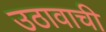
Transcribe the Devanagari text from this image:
उठावाची